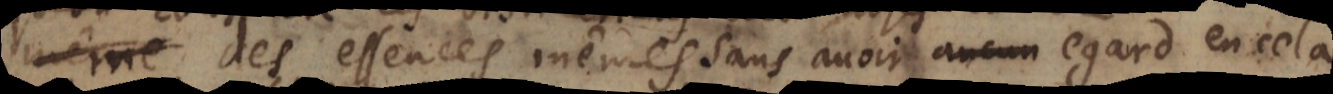
même des essences mêmes sans avoir aucun egard en cela